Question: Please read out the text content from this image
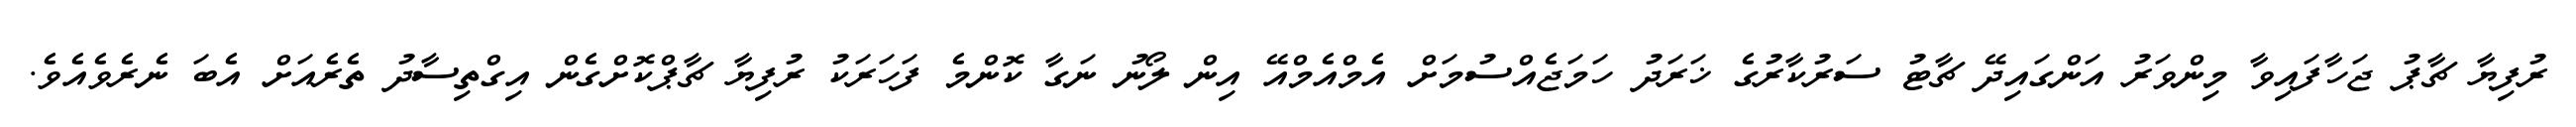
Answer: ރުފިޔާ ޗާޕު ޖަހާފައިވާ މިންވަރު އަންގައިދޭ ޗާޓު ސަރުކާރުގެ ޚަރަދު ހަމަޖެއްސުމަށް އެމްއެމްއޭ އިން ލޯނު ނަގާ ކޮންމެ ފަހަރަކު ރުފިޔާ ޗާޕްކޮށްގެން އިގްތިސާދު ތެރެއަށް އެބަ ނެރެވެއެވެ.